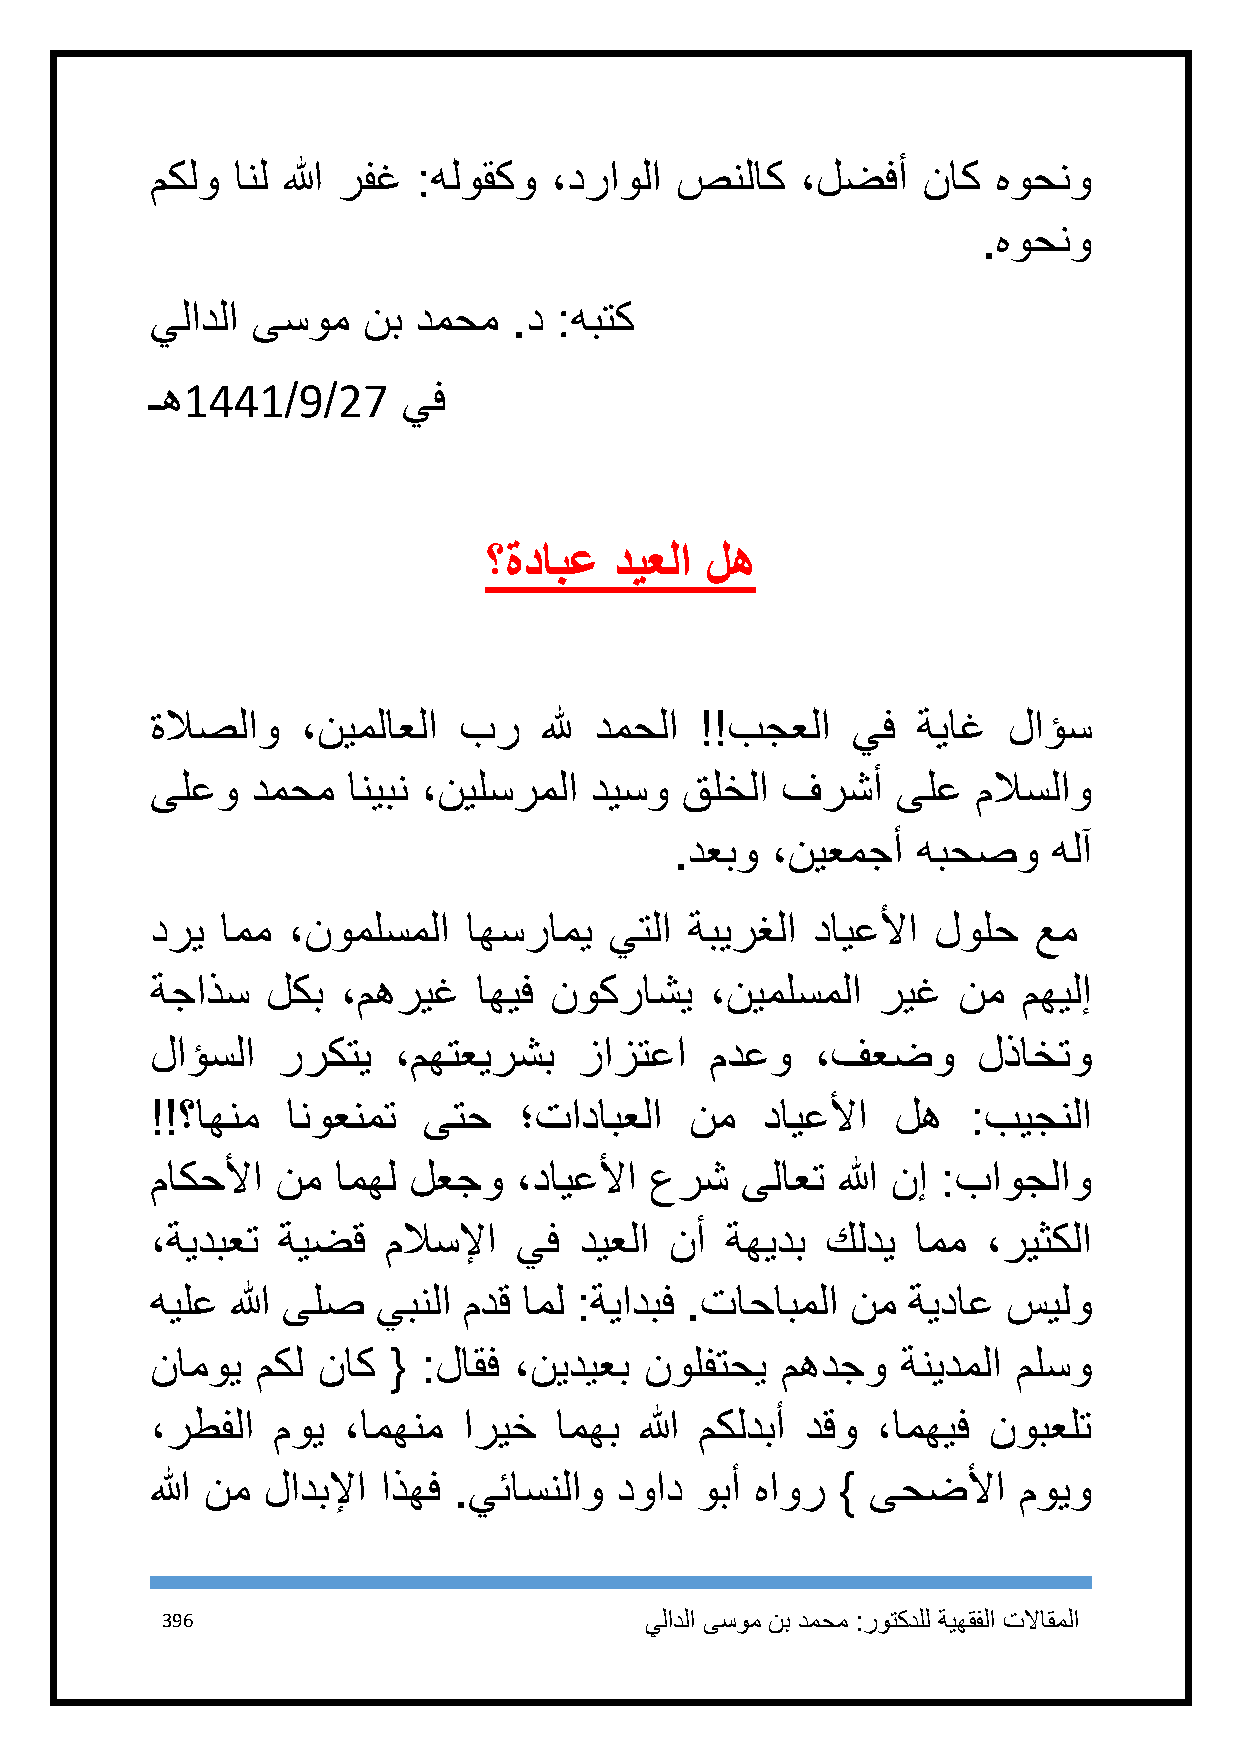
مكلو انل الله رفغ :هلوقكو ،دراولا  صنلاك   ،لضفأ   ناك  هوحنو
 .هوحنو
 يلادلا ىسوم   نب دمحم   .د :هبتك
 ـه1441/9/27      يف
 ؟ةدابع   ديعلا له
 ةلاصلاو   ،نيملاعلا بر    لله دمحلا !!بجعلا   يف   ةياغ  لاؤس
 ىلعو   دمحم  انيبن ،نيلسرملا ديسو  قلخلا  فرشأ   ىلع   ملاسلاو
 .دعبو ،نيعمجأ   هبحصو    هلآ
 دري  امم ،نوملسملا   اهسرامي  يتلا  ةبيرغلا دايعلأا لولح  عم
 ةجاذس   لكب  ،مهريغ   اهيف نوكراشي   ،نيملسملا  ريغ  نم   مهيلإ
 لاؤسلا  رركتي   ،مهتعيرشب   زازتعا   مدعو   ،فعضو      لذاختو
 !!؟اهنم  انوعنمت  ىتح   ؛تادابعلا   نم  دايعلأا  له   :بيجنلا
 ماكحلأا نم  امهل لعجو   ،دايعلأا عرش   ىلاعت الله نإ :باوجلاو
 ،ةيدبعت ةيضق   ملاسلإا  يف  ديعلا نأ  ةهيدب  كلدي  امم ،ريثكلا
 هيلع الله ىلص  يبنلا مدق امل :ةيادبف .تاحابملا نم ةيداع  سيلو
 ناموي  مكل ناك  { :لاقف ،نيديعب  نولفتحي  مهدجو   ةنيدملا ملسو
 ،رطفلا  موي  ،امهنم  اريخ  امهب الله مكلدبأ دقو ،امهيف نوبعلت
 الله نم لادبلإا اذهف .يئاسنلاو دواد وبأ هاور }  ىحضلأا   مويو
 396                             يلادلا ىسوم نب دمحم :روتكدلل ةيهقفلا تلااقملا